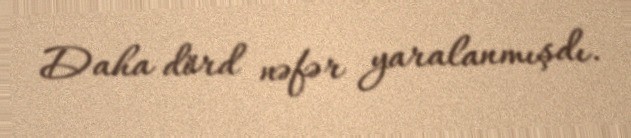
Daha dörd nəfər yaralanmışdı.